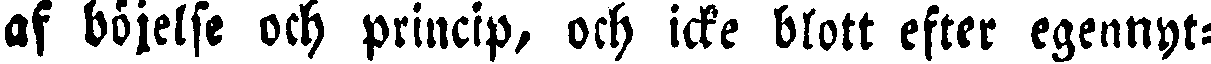
af böjelse och princip, och icke blott efter egennyt-